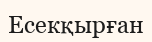
Есекқырған